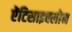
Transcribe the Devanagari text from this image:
ऐंटिसाइक्लोन